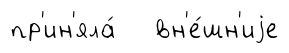
пр'ин'яла́ вн'е́шн'иjе